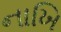
નાખિ